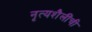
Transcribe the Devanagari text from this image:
नृत्यशैलींची